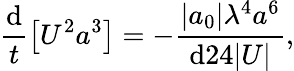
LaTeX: \frac{\mathrm{d}}{t}\left[U^{2}a^{3}\right]=-\frac{|a_{0}|\lambda^{4}a^{6}}{\mathrm{d}24|U|},